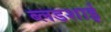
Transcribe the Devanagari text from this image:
ब्लडशाई